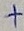
Text: +